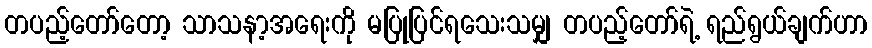
တပည့်တော်တော့ သာသနာ့အရေးကို မပြုပြင်ရသေးသမျှ တပည့်တော်ရဲ့ ရည်ရွယ်ချက်ဟာ